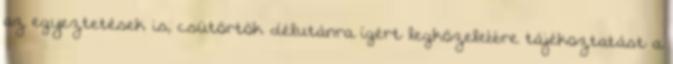
az egyeztetések is, csütörtök délutánra ígért legközelebbre tájékoztatást a